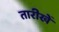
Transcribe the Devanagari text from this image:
तारीखेँ